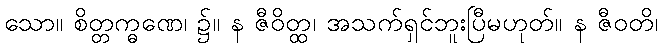
သော။ စိတ္တက္ဓဏေ၊ ၌။ န ဇီဝိတ္ထ၊ အသက်ရှင်ဘူးပြီမဟုတ်။ န ဇီဝတိ၊